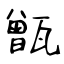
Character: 甑